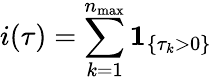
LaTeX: i(\tau)=\sum_{k=1}^{n_{\operatorname*{max}}}\mathbf{1}_{\left\{ \tau_{k}>0\right\} }